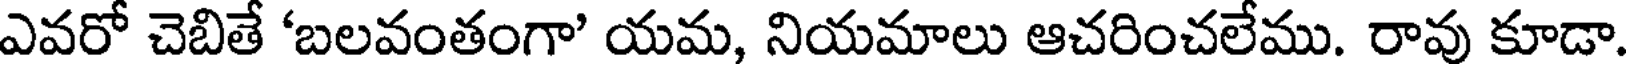
ఎవరో చెబితే 'బలవంతంగా' యమ, నియమాలు ఆచరించలేము. రావు కూడా